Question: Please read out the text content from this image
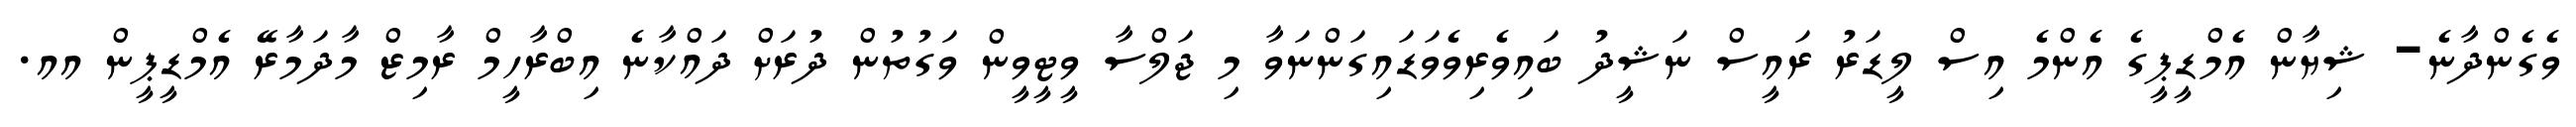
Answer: ވެގެންދާނެ- ޝިޔާން އެމްޑީޕީގެ އެންމެ އިސް ލީޑަރު ރައީސް ނަޝީދު ބައިވެރިވެވަޑައިގަންނަވާ މި ޖަލްސާ ވީޓީވީން ވަގުތުން ދުރަށް ދައްކާނެ އިބްރާހީމް ރާމިޒް މާދަމާރޭ އެމްޑީޕީން އއ.